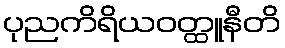
ပုညကိရိယဝတ္ထူနီတိ